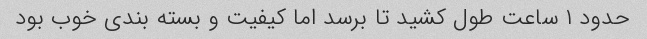
حدود ۱ ساعت طول کشید تا برسد اما کیفیت و بسته بندی خوب بود